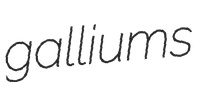
galliums